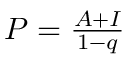
\textstyle P = { \frac { A + I } { 1 - q } } \,